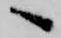
へ